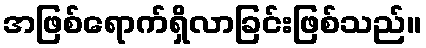
အဖြစ်ရောက်ရှိလာခြင်းဖြစ်သည်။